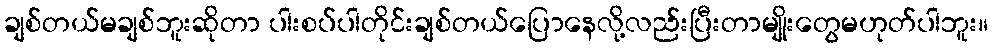
ချစ်တယ်မချစ်ဘူးဆိုတာ ပါးစပ်ပါတိုင်းချစ်တယ်ပြောနေလို့လည်းပြီးတာမျိုးတွေမဟုတ်ပါဘူး။